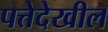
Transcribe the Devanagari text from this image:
पत्तेदेखील